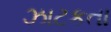
ઝાટકતા